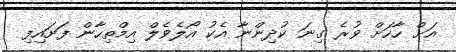
އަށް ހާހަށް ވުރެ ގިނަ ކުދިންނާ އެކު އޯލެވެލް އިމްތިހާން ފަށައިފި